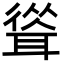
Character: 𦖴